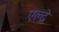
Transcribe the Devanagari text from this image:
एल्द्रे